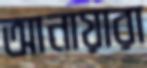
আনায়ারা